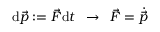
\mathrm { d } \vec { p } : = \vec { F } \mathrm { d } t \enspace \rightarrow \enspace \vec { F } = \dot { \vec { p } }